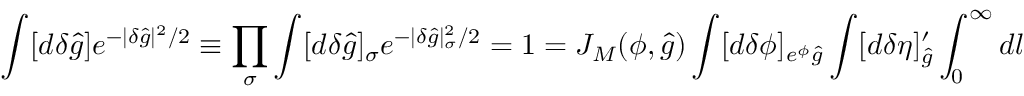
\int [ d \delta { \hat { g } } ] e ^ { - | \delta { \hat { g } } | ^ { 2 } / 2 } \equiv \prod _ { \sigma } \int [ d \delta { \hat { g } } ] _ { \sigma } e ^ { - | \delta { \hat { g } } | _ { \sigma } ^ { 2 } / 2 } = 1 = J _ { M } ( { \cal \phi } , { \hat { g } } ) \int [ d \delta { \cal \phi } ] _ { e ^ { \phi } { \hat { g } } } \int [ d \delta \eta ] _ { \hat { g } } ^ { \prime } \int _ { 0 } ^ { \infty } d l e ^ { - | \delta { \hat { g } } | ^ { 2 } / 2 } \quad ,